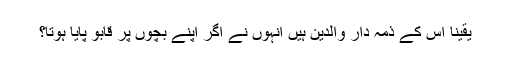
یقیناً اس کے ذمہ دار والدین ہیں انہوں نے اگر اپنے بچوں پر قابو پایا ہوتا؟